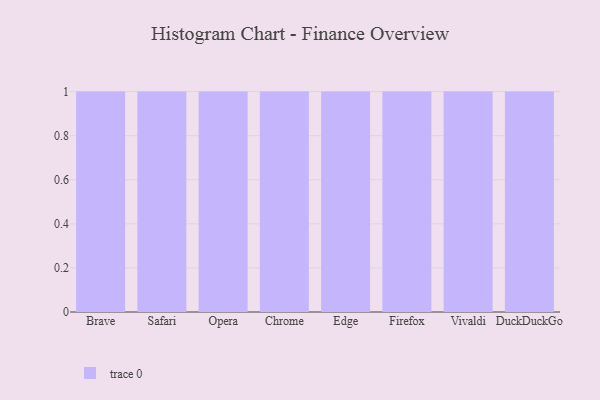
{"axis": {"x": "Browser", "y": "Shipments"}, "legend": [""], "data": [{"x": "Brave", "y": 34, "type": ""}, {"x": "Safari", "y": 54, "type": ""}, {"x": "Opera", "y": 6, "type": ""}, {"x": "Chrome", "y": 16, "type": ""}, {"x": "Edge", "y": 60, "type": ""}, {"x": "Firefox", "y": 91, "type": ""}, {"x": "Vivaldi", "y": 96, "type": ""}, {"x": "DuckDuckGo", "y": 3, "type": ""}]}